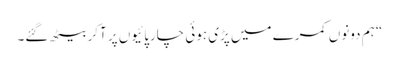
“ ہم دونوں کمرے میں پڑی ہوئی چارپائیوں پر آکر بیٹھ گئے۔